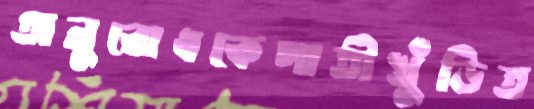
অনুরোধকেপাতীখুঁড়িত